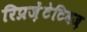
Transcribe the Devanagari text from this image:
रिप्रज़ेंटेटिवज़